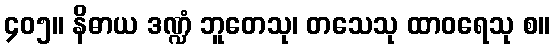
၄၀၅။ နိဓာယ ဒဏ္ဍံ ဘူတေသု၊ တသေသု ထာဝရေသု စ။